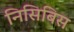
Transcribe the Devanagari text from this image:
निसिबिस